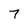
Character: 7